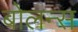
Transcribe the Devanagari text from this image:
बोलन्स